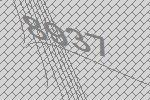
8937